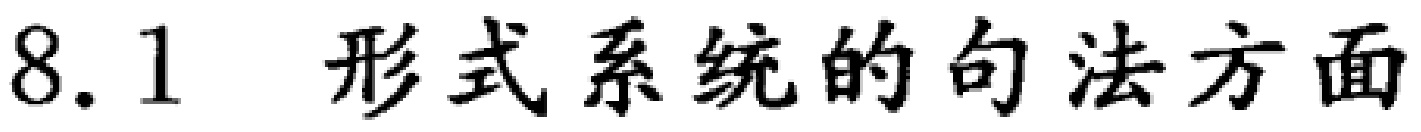
8.1 形式系统的句法方面